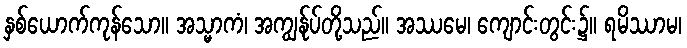
နှစ်ယောက်ကုန်သော။ အသ္မာကံ၊ အကျွန်ုပ်တို့သည်။ အဿမေ၊ ကျောင်းတွင်း၌။ ရမိဿာမ၊